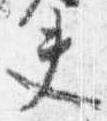
夫